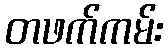
တဖက်ကမ်း